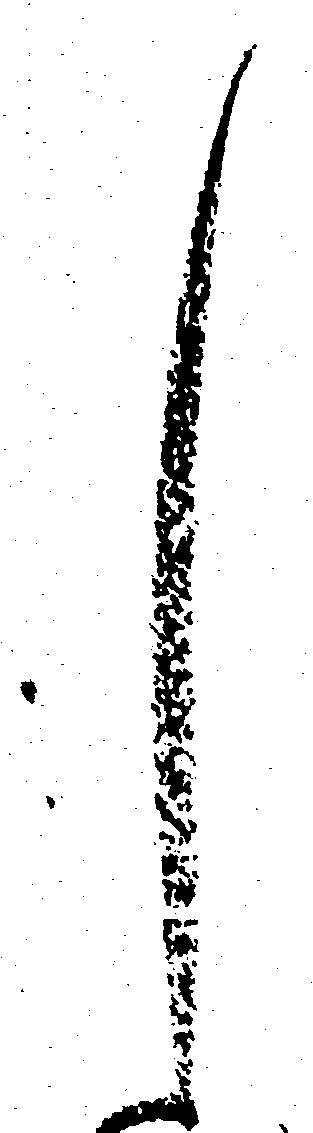
し